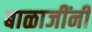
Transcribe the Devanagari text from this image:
बाळाजींनी